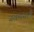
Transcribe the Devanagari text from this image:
जखमांसाठी